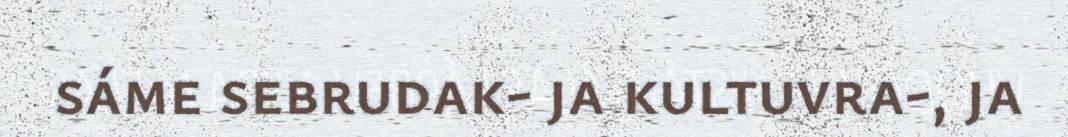
sáme sebrudak- ja kultuvra-, ja